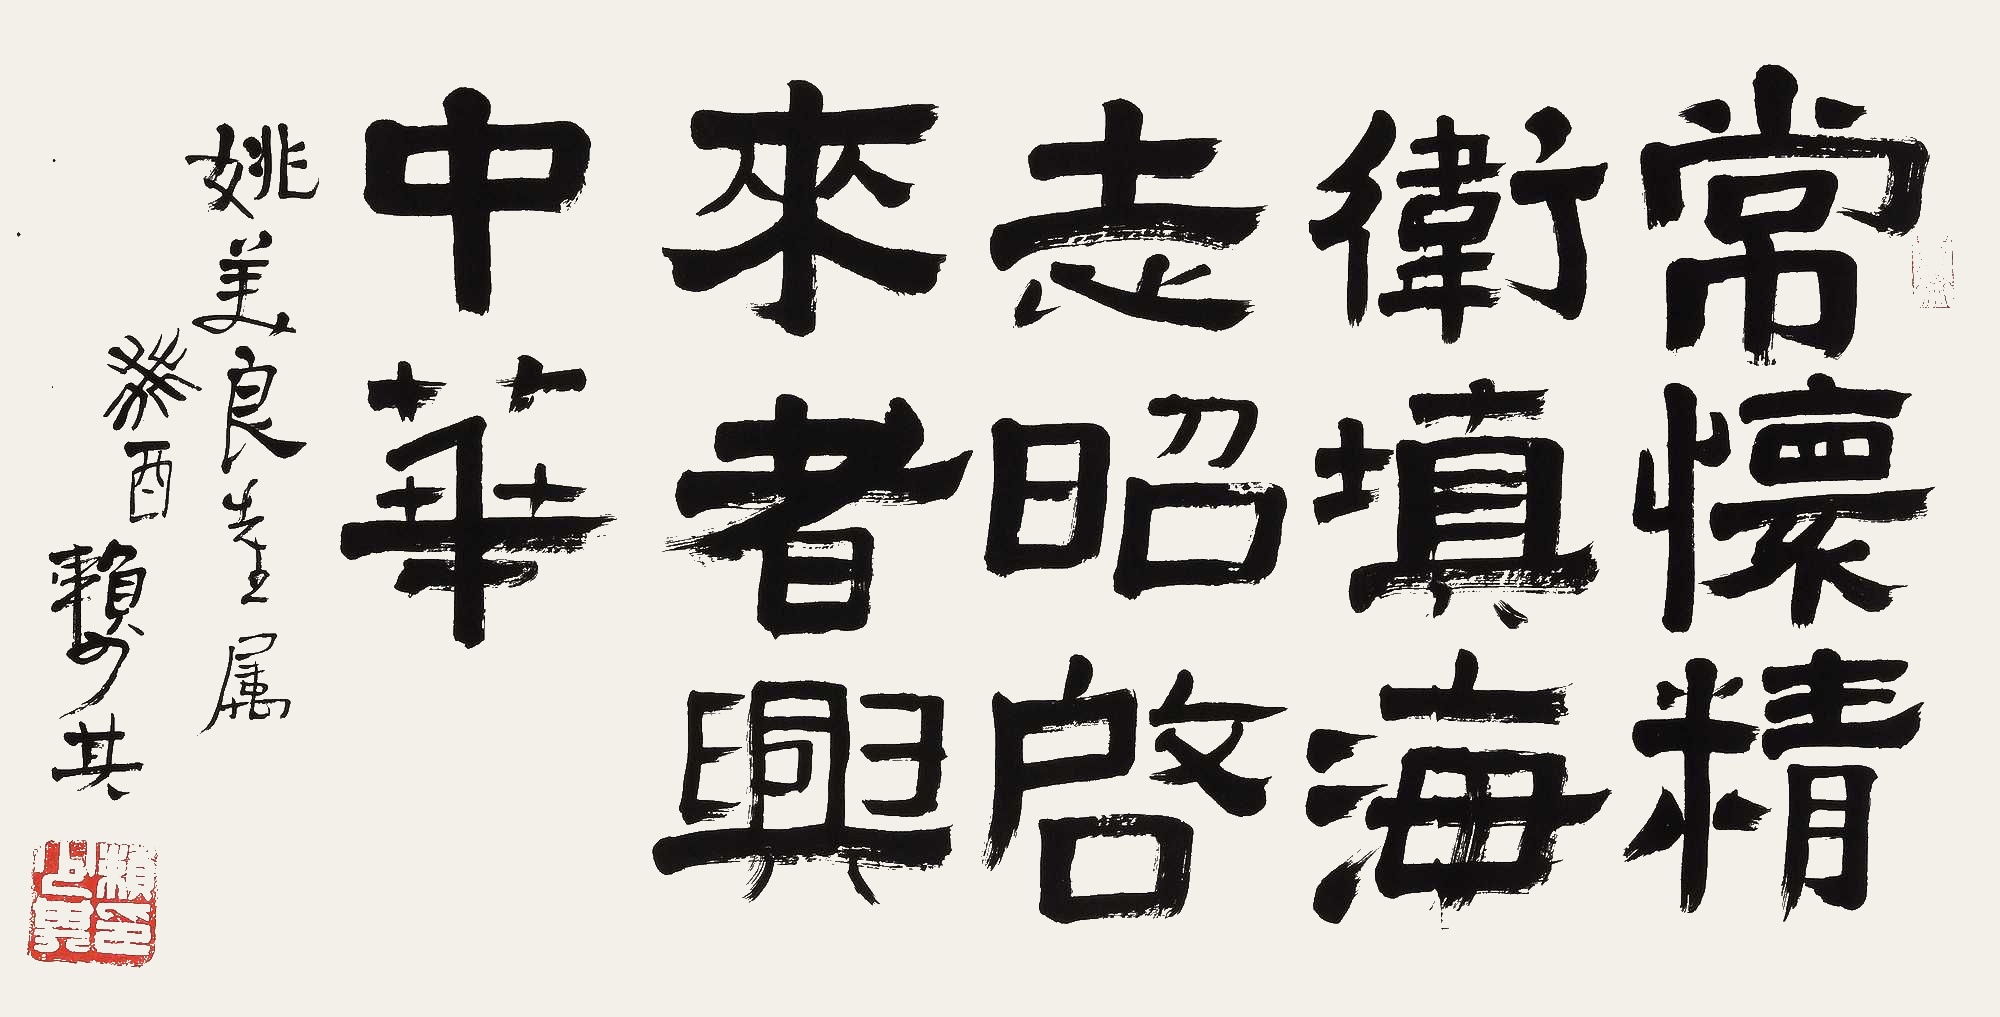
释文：常怀精卫填海志，昭启来者兴中华。姚美良先生属，癸酉赖少其。